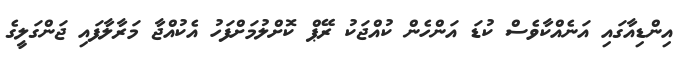
އިންޑިއާގައި އަނެއްކާވެސް ކުޑަ އަންހެން ކުއްޖަކު ރޭޕް ކޮށްލުމަށްފަހު އެކުއްޖާ މަރާލާފައި ޖަންގަލީގެ